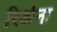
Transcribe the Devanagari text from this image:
रिअंना